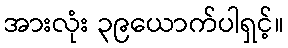
အားလုံး ၃၉ယောက်ပါရှင့်။